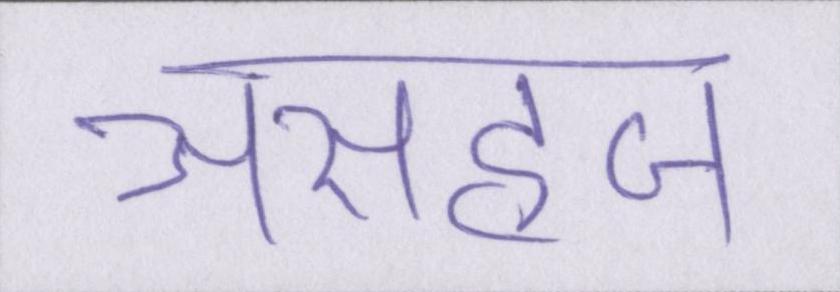
असहज